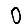
Digit: 0